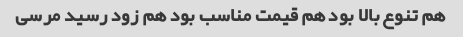
هم تنوع بالا بود هم قیمت مناسب بود هم زود رسید مرسی